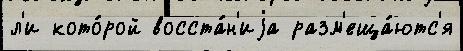
л'и кото́рой восста́н'иjа разм'еща́ютс'я